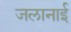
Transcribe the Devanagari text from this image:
जलानाई